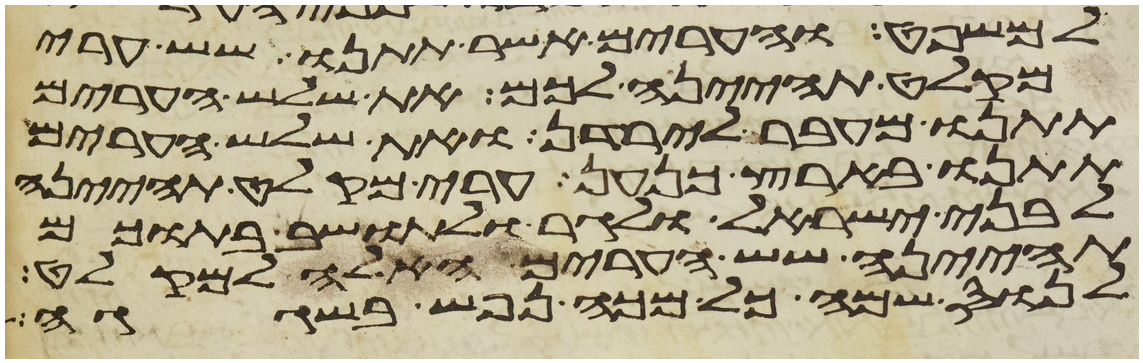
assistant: למשפט והערים אשר תתנו שש ערי
מקלט תהינה לכם את שלש הערים
תתנו מעבר לירדן ואת שלש הערים
תתנו בארץ כנען ערי מקלט תהינה
לבני ישראל ולגר ולתושב בתוכם
תהיינה שש הערים האלה למקלט
לנוס שמה כל מכה נפש בשגגה